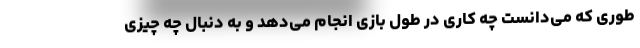
طوری که می‌دانست چه کاری در طول بازی انجام می‌دهد و به دنبال چه چیزی